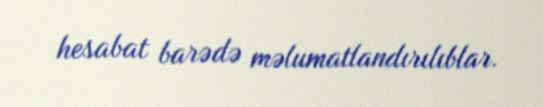
hesabat barədə məlumatlandırılıblar.